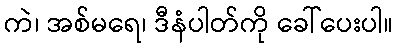
ကဲ၊ အစ်မရေ၊ ဒီနံပါတ်ကို ခေါ်ပေးပါ။